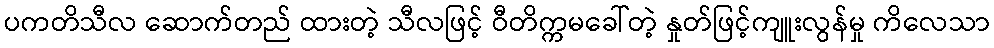
ပကတိသီလ ဆောက်တည် ထားတဲ့ သီလဖြင့် ဝီတိက္ကမခေါ်တဲ့ နှုတ်ဖြင့်ကျူးလွန်မှု ကိလေသာ